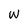
Character: W